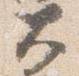
大